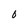
Character: O